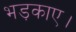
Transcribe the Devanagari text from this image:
भड़काए।